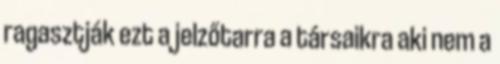
ragasztják ezt a jelzőtarra a társaikra aki nem a